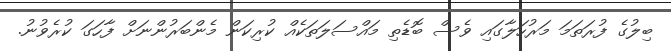
ބިލުގެ ފުރަތަމަ މަރުހަލާގައި ވެސް ބޮޑެތި މައްސަލަތަކެއް ކުރިކަން މެންބަރުންނަށް ފާހަގަ ކުރެވުނު.